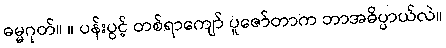
ဓမ္မဂုတ်။ ။ ပန်းပွင့် တစ်ရာကျော် ပူဇော်တာက ဘာအဓိပ္ပာယ်လဲ။